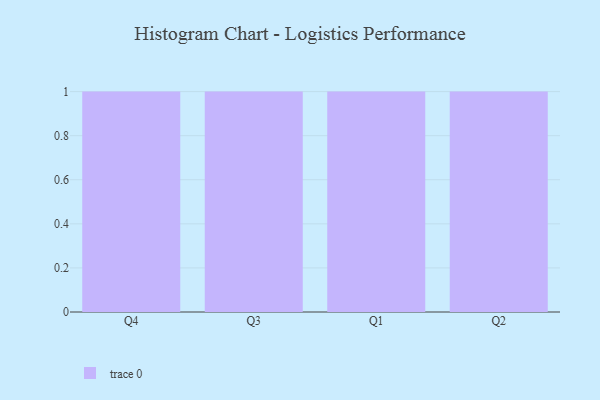
{"axis": {"x": "Quarter", "y": "Satisfaction Score"}, "legend": [""], "data": [{"x": "Q4", "y": 9, "type": ""}, {"x": "Q3", "y": 82, "type": ""}, {"x": "Q1", "y": 89, "type": ""}, {"x": "Q2", "y": 2, "type": ""}]}